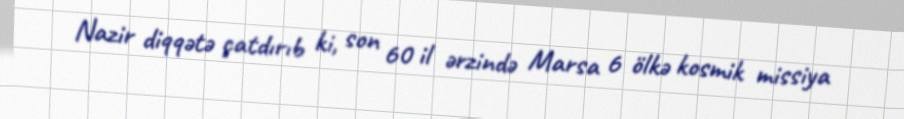
Nazir diqqətə çatdırıb ki, son 60 il ərzində Marsa 6 ölkə kosmik missiya